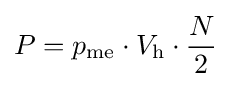
P={p_{\text{me}}\cdot V_{\text{h}}\cdot {N \over 2}}